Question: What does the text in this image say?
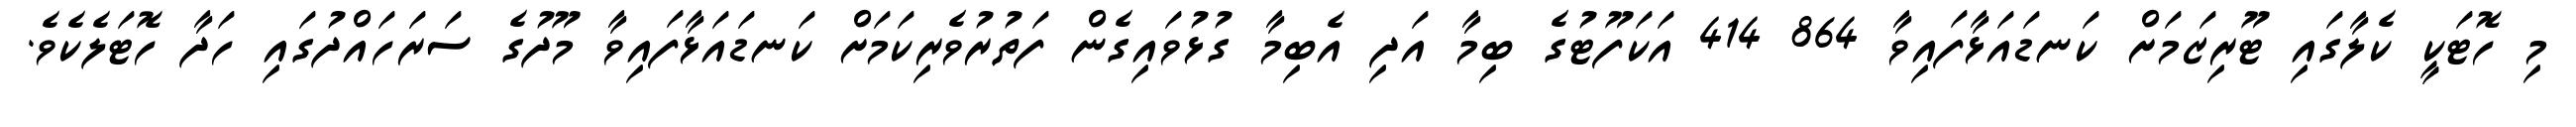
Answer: މި ހޮޓަކީ ކެލާގައި ޓޫރިޒަމަށް ކަނޑައަޅާފައިވާ 864 414 އަކަފޫޓުގެ ބިމާ އަދި އެބިމާ ގުޅުވައިގެން ފަތުރުވެރިކަމަށް ކަނޑައަޅާފައިވާ މޫދުގެ ސަރަހައްދުގައި ހަދާ ހޮޓަލެކެވެ.